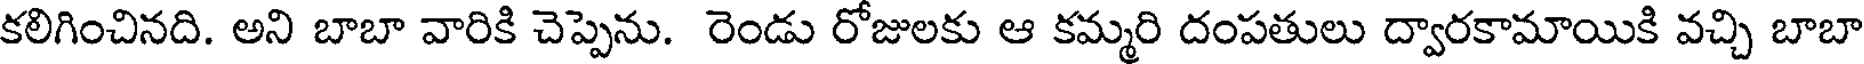
కలిగించినది. అని బాబా వారికి చెప్పెను. రెండు రోజులకు ఆ కమ్మరి దంపతులు ద్వారకామాయికి వచ్చి బాబా